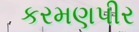
કરમણપીર